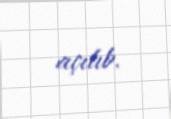
açılıb.